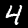
Label: 4